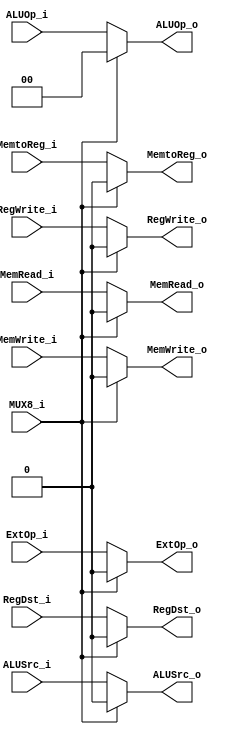
module MUX8(
    MUX8_i,
    RegDst_i, ALUSrc_i, MemtoReg_i, RegWrite_i, MemWrite_i, ExtOp_i, ALUOp_i, MemRead_i,
	RegDst_o, ALUSrc_o, MemtoReg_o, RegWrite_o, MemWrite_o, ExtOp_o, ALUOp_o, MemRead_o
);

input 			MUX8_i, RegDst_i, ALUSrc_i, MemtoReg_i, RegWrite_i, MemWrite_i, ExtOp_i, MemRead_i;
output			RegDst_o, ALUSrc_o, MemtoReg_o, RegWrite_o, MemWrite_o, ExtOp_o, MemRead_o;
input 	[1:0]	ALUOp_i;
output	[1:0]	ALUOp_o;

// MUX8_i == 1 => isHazard

assign RegDst_o = (MUX8_i == 1'b0) ? RegDst_i : 1'b0;
assign ALUSrc_o = (MUX8_i == 1'b0) ? ALUSrc_i : 1'b0;
assign MemtoReg_o = (MUX8_i == 1'b0) ? MemtoReg_i : 1'b0;
assign RegWrite_o = (MUX8_i == 1'b0) ? RegWrite_i : 1'b0;
assign MemWrite_o = (MUX8_i == 1'b0) ? MemWrite_i : 1'b0;
assign ExtOp_o = (MUX8_i == 1'b0) ? ExtOp_i : 1'b0;
assign MemRead_o = (MUX8_i == 1'b0) ? MemRead_i : 1'b0;
assign ALUOp_o = (MUX8_i == 1'b0) ? ALUOp_i : 2'b00;

endmodule